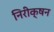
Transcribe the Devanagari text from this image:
निरीक्षन